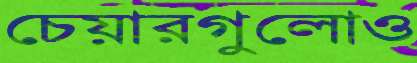
চেয়ারগুলোও